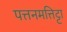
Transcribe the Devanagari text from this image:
पत्तनमत्तिट्टा